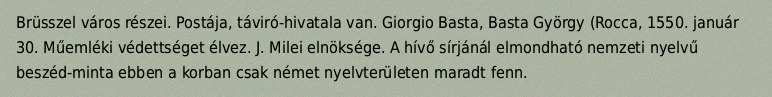
Brüsszel város részei. Postája, táviró-hivatala van. Giorgio Basta, Basta György (Rocca, 1550. január 30. Műemléki védettséget élvez. J. Milei elnöksége. A hívő sírjánál elmondható nemzeti nyelvű beszéd-minta ebben a korban csak német nyelvterületen maradt fenn.